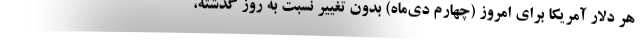
هر دلار آمریکا برای امروز (چهارم دی‌ماه) بدون تغییر نسبت به روز گذشته،